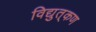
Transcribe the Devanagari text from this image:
विद्युत्‌कण